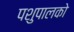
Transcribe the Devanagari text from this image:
पशुपालको